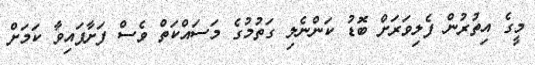
މީގެ އިތުރުން ފެލިވަރަށް ބޮޑު ކަންނެލި ގަތުމުގެ މަސައްކަތް ވެސް ފަށާފައިވާ ކަމަށް